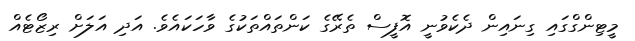
މީޓިންގްގައި ގިނައިން ދެކެވުނީ އޮފީސް ތެރޭގެ ކަންތައްތަކުގެ ވާހަކައެވެ. އަދި އަލަށް ރިޒޯޓެއް